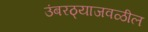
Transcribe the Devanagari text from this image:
उंबरठ्याजवळील